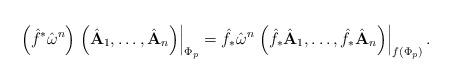
LaTeX: \begin{align*}\left(\hat{f}^{*}\hat{\bf \omega}^{n}\right)\left.\left(\hat{\bf A}_{1},\ldots,\hat{\bf A}_{n}\right)\right|_{\Phi_{p}}=\hat{f}_{*}\hat{\bf \omega}^{n}\left.\left(\hat{f}_{*}\hat{\bf A}_{1},\ldots,\hat{f}_{*}\hat{\bf A}_{n}\right)\right|_{f\left(\Phi_{p}\right)}.\end{align*}